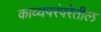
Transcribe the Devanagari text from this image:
काव्यपरंपरेतील